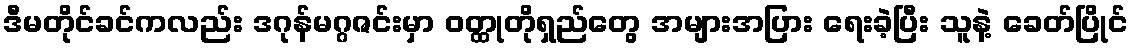
ဒီမတိုင်ခင်ကလည်း ဒဂုန်မဂ္ဂဇင်းမှာ ဝတ္ထုတိုရှည်တွေ အများအပြား ရေးခဲ့ပြီး သူနဲ့ ခေတ်ပြိုင်